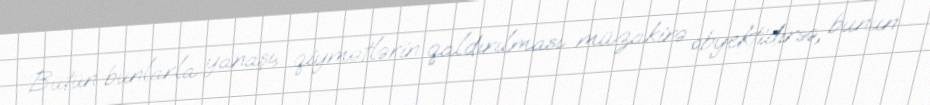
Bütün bunlarla yanaşı, qiymətlərin qaldırılması müzakirə obyektidirsə, bunun